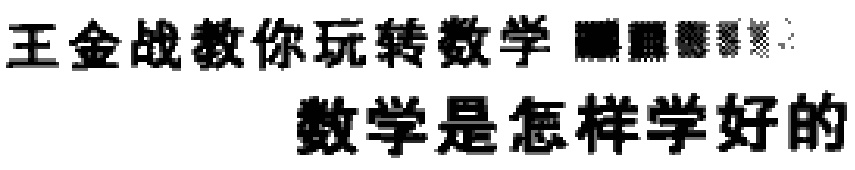
王金战教你玩转数学  数学是怎样学好的